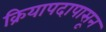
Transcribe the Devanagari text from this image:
क्रियापदापासून